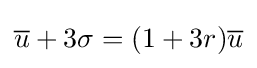
{\overline {u}}+3\sigma =(1+3r){\overline {u}}